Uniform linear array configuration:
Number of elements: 4
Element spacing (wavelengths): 0.75
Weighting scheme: cosine
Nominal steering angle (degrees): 0
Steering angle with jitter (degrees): -1.607
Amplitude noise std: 0.05
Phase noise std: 0.05

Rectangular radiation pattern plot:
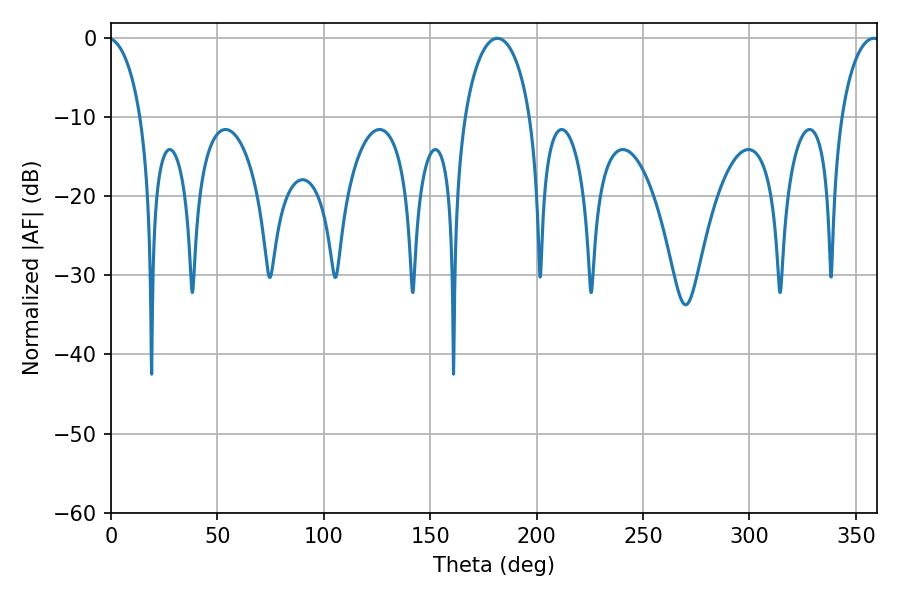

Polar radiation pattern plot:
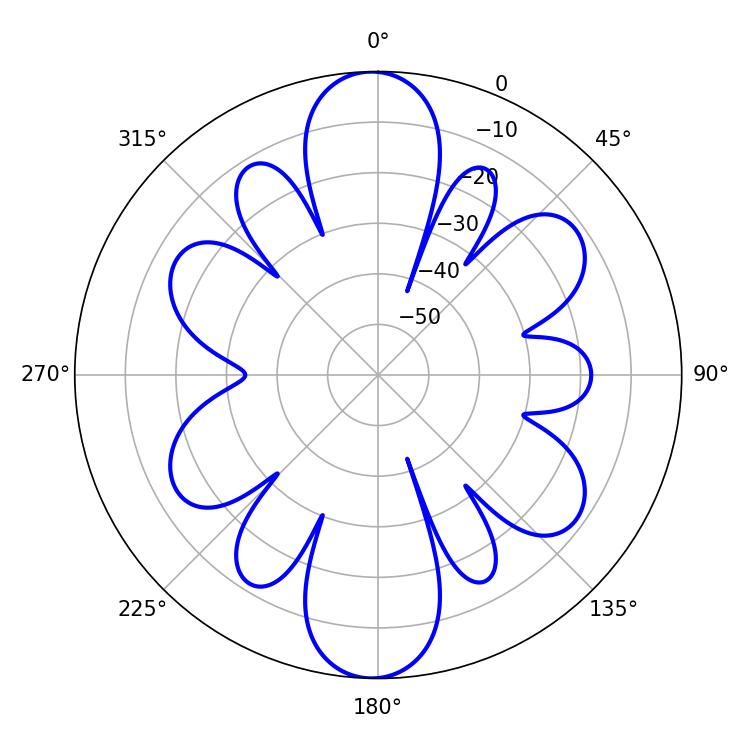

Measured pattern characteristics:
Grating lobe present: TRUE
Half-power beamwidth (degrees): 17.82
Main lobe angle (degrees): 181.62